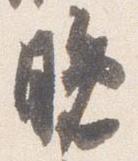
晩